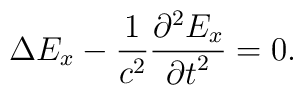
\Delta E_x   -\frac{1}{c^2}\frac{{\partial}^{2} E_x}{{\partial t}^{2}}=0.